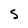
Character: S